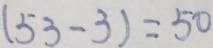
( 5 3 - 3 ) = 5 0